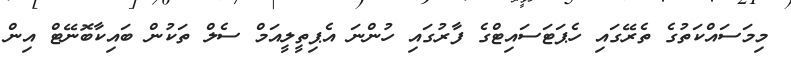
މިމަސައްކަތުގެ ތެރޭގައި ހެޕަޓަސައިޓްގެ ފާރުގައި ހުންނަ އެޕިތީލީއަމް ސެލް ތަކުން ބައިކާބޮނޭޓް އިން